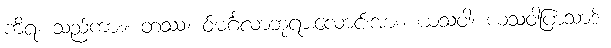
ကိရ၊ သည်ကား။ တဿ၊ ဝ်မင်္ဂလာဘုရားလောင်းအား။ ယသဝါ၊ ယသဝါပြာသာဒ်